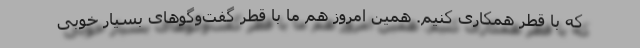
که با قطر همکاری کنیم. همین امروز هم ما با قطر گفت‌وگوهای بسیار خوبی